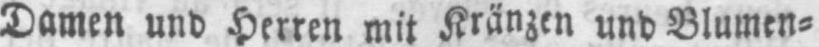
Damen und Herren mit Kränzen und Blumen⸗